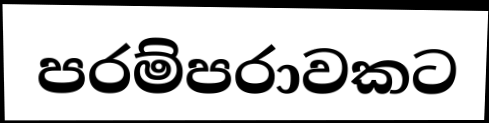
පරම්පරාවකට